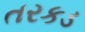
તરકડ